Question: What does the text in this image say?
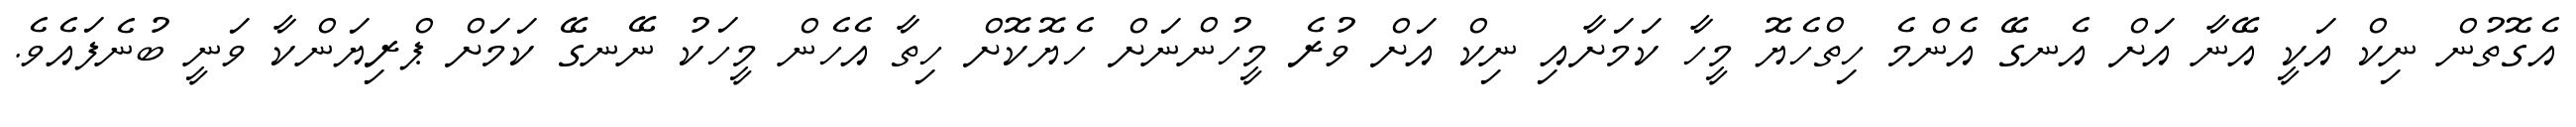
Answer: އެގޮތުން ނިކް އަކީ އޭނާ އަށް އެނގޭ އެންމެ ހިތްހެޔޮ މީހާ ކަމަށާއި ނިކް އަށް ވުރެ މީހުންނަށް ހެޔޮކޮށް ހިތާ އެހެން މީހަކު ނޭނގޭ ކަމަށް ޕްރިޔަންކާ ވަނީ ބުނެފައެވެ.